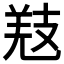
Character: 𢻐